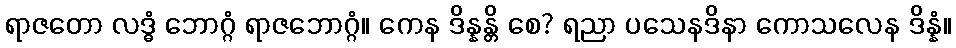
ရာဇတော လဒ္ဓံ ဘောဂ္ဂံ ရာဇဘောဂ္ဂံ။ ကေန ဒိန္နန္တိ စေ? ရညာ ပသေနဒိနာ ကောသလေန ဒိန္နံ။